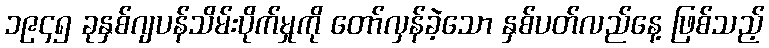
၁၉၄၅ ခုနှစ်ဂျပန်သိမ်းပိုက်မှုကို တော်လှန်ခဲ့သော နှစ်ပတ်လည်နေ့ ဖြစ်သည့်